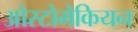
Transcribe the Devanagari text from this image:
ओस्टोमेकियन